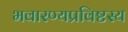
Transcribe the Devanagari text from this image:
भवारण्यप्रविष्टस्य